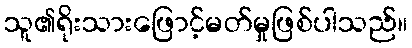
သူ၏ရိုးသားဖြောင့်မတ်မှုဖြစ်ပါသည်။